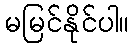
မမြင်နိုင်ပါ။